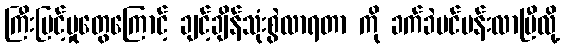
ကြီးမြင့်မှုတွေကြောင့် ချင့်ချိန်သုံးစွဲလာရတာ ကို ခက်ခဲပင်ပန်းလာပြီလို့